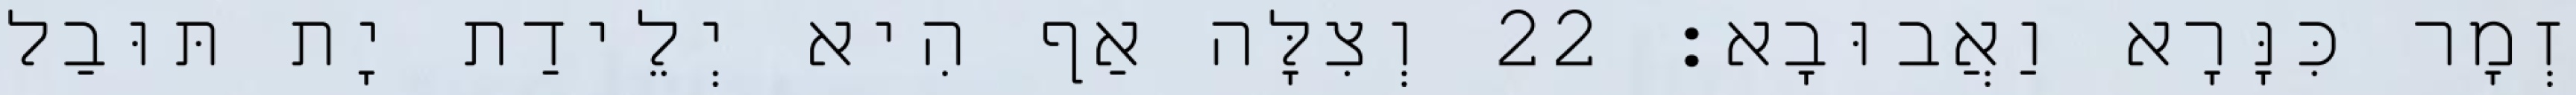
זְמָר כִּנָּרָא וַאֲבוּבָא׃ 22 וְצִלָּה אַף הִיא יְלֵידַת יָת תּוּבַל